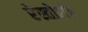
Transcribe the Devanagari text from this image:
रेस्तोरांत